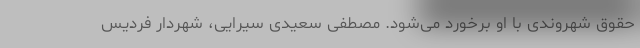
حقوق شهروندی با او برخورد می‌شود. مصطفی سعیدی سیرایی، شهردار فردیس